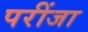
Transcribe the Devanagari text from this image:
परींजा